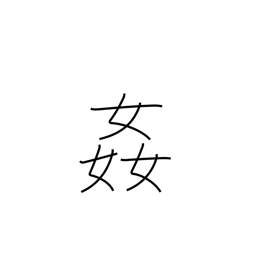
Meaning: seduce